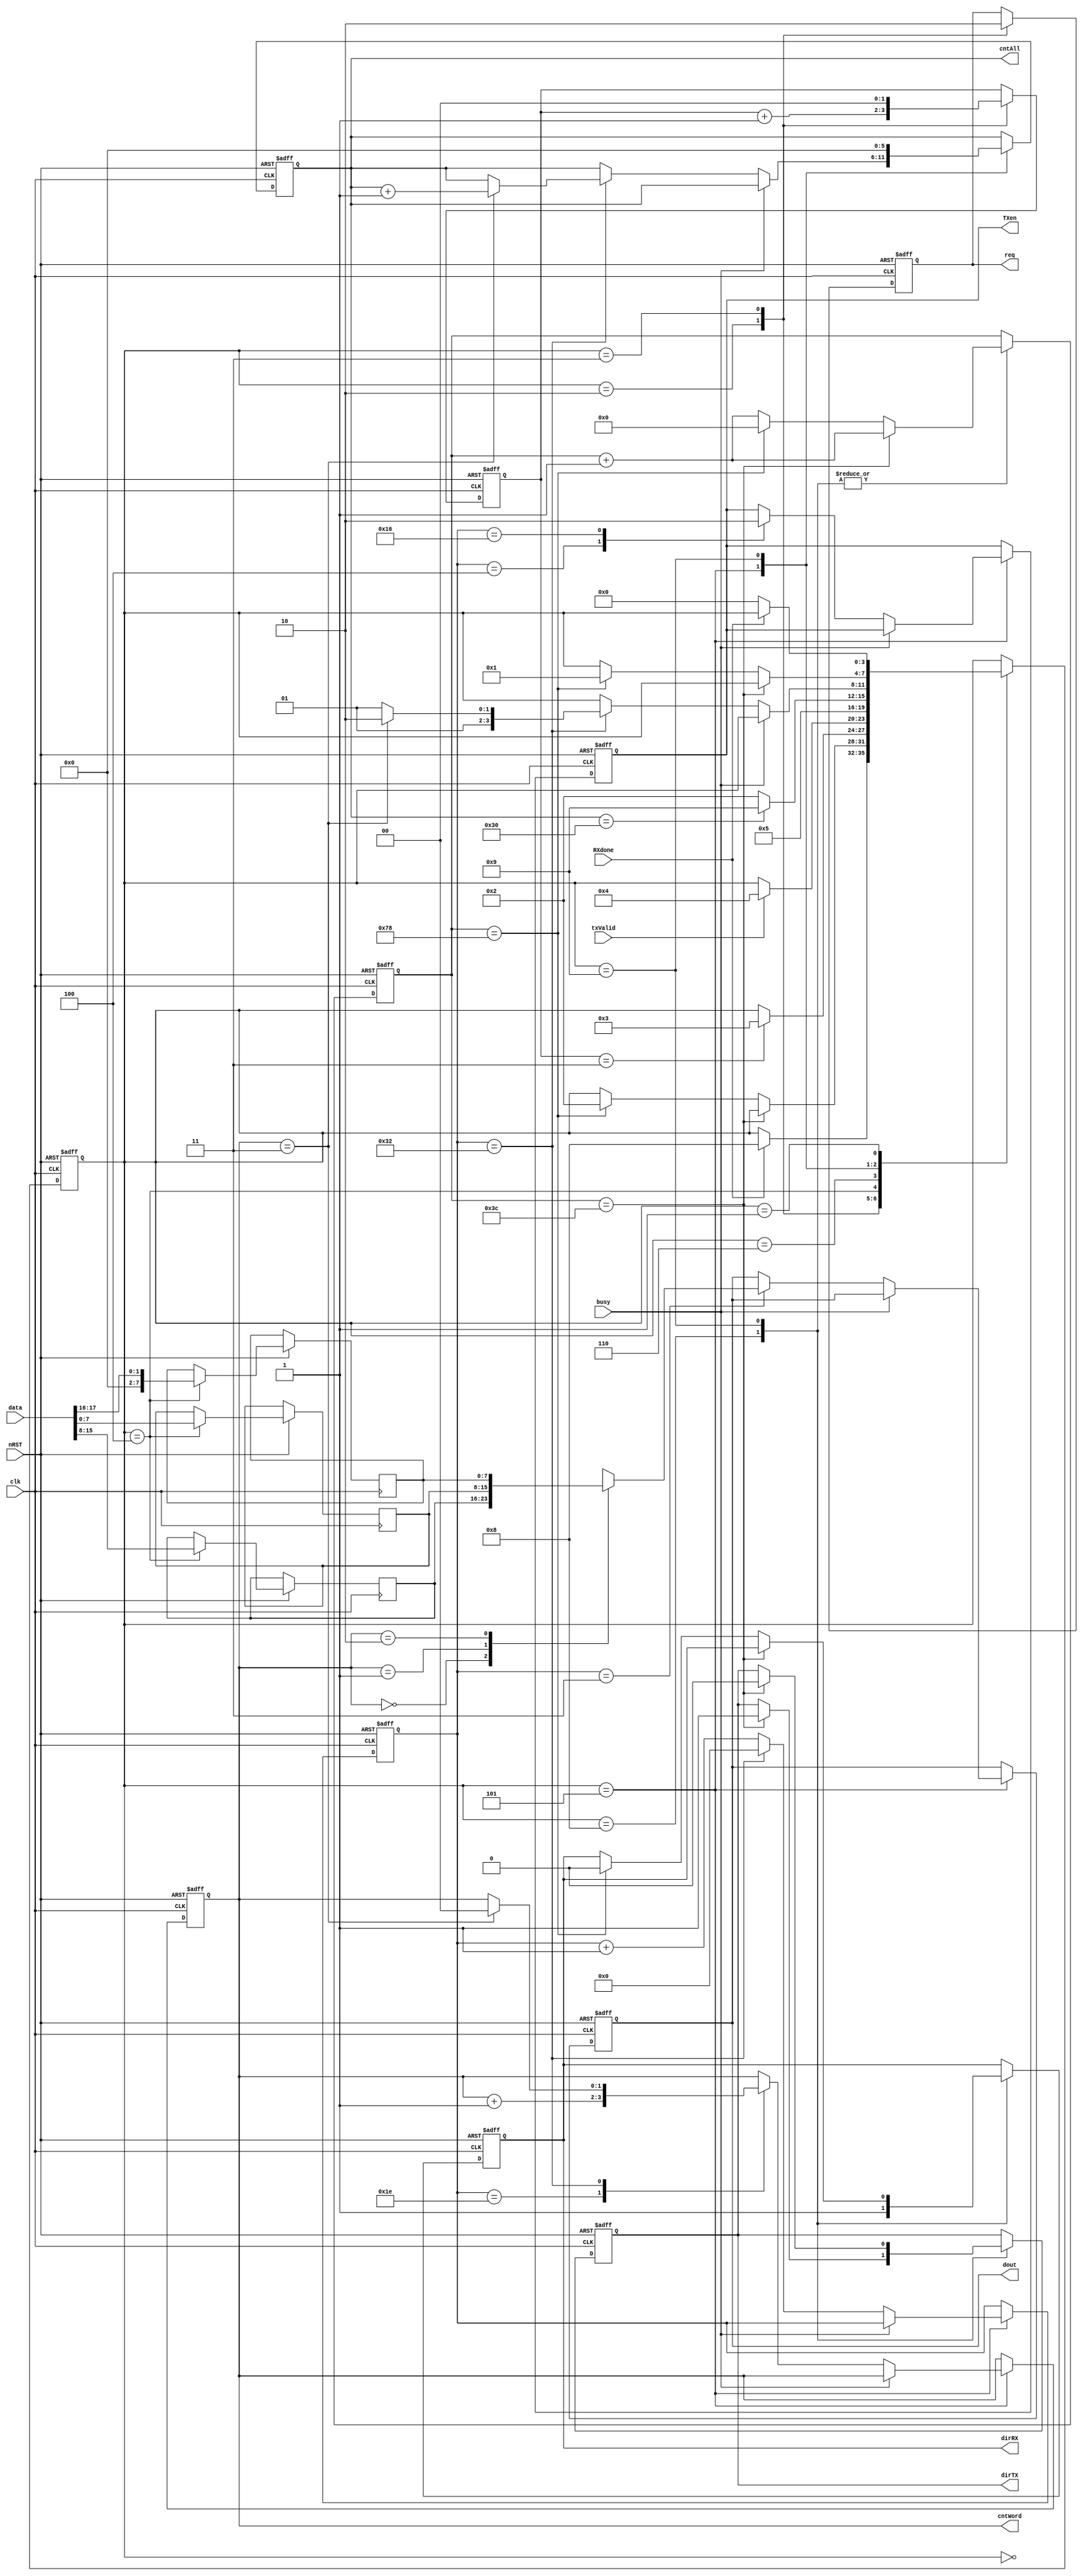
module split2(clk, txValid, nRST, data, RXdone, dout, busy, TXen, req , dirRX, dirTX,  cntWord, cntAll); 
input clk; 
input txValid; 
input nRST; 
input [17:0] data; 
input RXdone; 
input busy;
output reg [7:0] dout; 
output reg TXen; 
output reg req;  
reg [1:0] clkcnt; 
output reg [1:0] cntWord; 
reg [3:0]state; 
reg [7:0] iWord [2:0]; 
output reg [5:0] cntAll; 
reg [6:0] delayDIR;
reg [7:0] tx;
reg [17:0] data2; 
output reg dirRX;
output reg dirTX;
`define RXDONE 1
`define WAITFORRXDONE 0 
`define REQUESTFOAM 2 
`define WAITVLD 3
`define DIVIDE 4
`define TXEN 5  
`define CNTWORDS 6
`define VALID 7
`define DIRSET 8
`define DIRCLR 9

always@(posedge clk or negedge nRST) 
begin 
	if(~nRST) 
	begin 
		clkcnt <= 2'b0; 
		req <= 1'b0; 
		cntAll <= 6'b0; 
		state <= 4'd0; 
		TXen <= 1'b0;  
		cntWord <= 2'b0; 
		dout <= 8'b0; 
		delayDIR <= 7'b0;
		dirRX <= 1'b0;
		dirTX <= 1'b0;
		tx <= 8'b0;
	end 
	else 
	begin 
	case(state) 
		`WAITFORRXDONE: 
		begin 
			if(RXdone)//  RXdone 
				state <= `DIRSET; //  
		end 
		`DIRSET:				// DIR'
		begin
			dirRX <= 1'b1;
			delayDIR <= delayDIR + 1'b1;
			if(delayDIR == 7'd60)
			begin
				dirTX <= 1'b1;
			end
			else if(delayDIR == 7'd120)
			begin
				delayDIR <= 7'b0;
				state <= `REQUESTFOAM;
			end
		end
		`REQUESTFOAM: 
		begin  
			req <= 1'b1; // 
			clkcnt <= clkcnt+1'b1; 
			if(clkcnt == 2'd3) 
			begin
				state <= `WAITVLD; //  
			end	
		end 
		`WAITVLD: 
		begin
			clkcnt <= 2'b0;
			req <= 1'b0;
			if(txValid) //  
			begin 
				state <= `DIVIDE; //  
			end 
		end 
		`DIVIDE: 
		begin 
			iWord[0] <= data[15:8]; // 18- 
			iWord[1] <= data[7:0];// 3 8- 
			iWord[2] <= {6'b0, data[17:16]}; //  
			state <= `TXEN; 
		end 
		`CNTWORDS:
		begin			
			if(cntAll == 6'd48) 
				state <= `DIRCLR; 
			else 
				state <= `REQUESTFOAM;
		end
		`TXEN: 
		begin
			if(busy == 1'b0)
			begin
				tx <= tx + 1'b1;
				case(tx)
					3: dout <= iWord[cntWord]; //    
					4: TXen <= 1'b1;
					22: TXen <= 1'b0;
					30: cntWord <= cntWord + 1'b1;
					50: begin
						if(cntWord == 2'd3) 
						begin
							cntAll <= cntAll + 1'b1;
							cntWord <= 2'd0;
							state <= `CNTWORDS; 
						end
						else state <= `TXEN;
						tx <= 8'd0; 
					end
				endcase
			end
		end 
		`DIRCLR:
		begin
			cntAll <= 6'd0;
			delayDIR <= delayDIR + 1'b1;
			if(delayDIR == 7'd60)
				dirTX <= 1'b0;
			else if(delayDIR == 7'd120)
			begin
				state <= `RXDONE;
				dirRX <= 1'b0;
				delayDIR <= 7'b0;
			end
		end
		`RXDONE: 
		begin
			if(~RXdone) 
				state <= `WAITFORRXDONE; 
		end 
	endcase 
	end 
end 
endmodule
//module split2(clk, txValid, nRST, data, RXdone, dout, TXen, req , TEST); 
//input clk; 
//input txValid; 
//input nRST; 
//input [17:0] data; 
//input RXdone; 
//output [9:0] dout; 
//output reg TXen; 
//output reg req; 
//output reg TEST; 
//reg [1:0] clkcnt; 
//reg [1:0] cntWord; 
//reg [2:0]state; 
//reg [7:0] iWord [2:0]; 
//reg [7:0] pause; 
//reg [5:0] cntAll; 
//reg [7:0] delay; 
//`define WAITFORRXDONE 0 
//`define RXDONE 1
//`define REQUESTFOAM 2
//`define WAIT 3 
//`define DIVIDE 4 
//`define TXEN 5 
//`define COUNT 6 
//`define READY 7 
//
//assign dout = {1'b1, iWord[cntWord], 1'b0};
//
//always@(negedge clk) 
//begin 
//	if(nRST == 1'b0) 
//	begin 
//		clkcnt <= 2'b0; 
//		req <= 1'b0; 
//		cntAll <= 6'b0; 
//		delay <= 8'b0; 
//		state <= 4'b0; 
//		TXen <= 1'b0;  
//		cntWord <= 2'b0; 
//		pause <= 8'b0; 
//		TEST <= 1'b0; 
//	end 
//	else 
//	begin 
//	case(state) 
//		`WAITFORRXDONE: 
//		begin 
//			if(~RXdone) begin //  RXdone 
//				state <= `REQUESTFOAM; //  
//			end 
//		end 
//		`REQUESTFOAM: 
//		begin  
//			if(clkcnt < 2'd3) 
//			begin 
//				req <= 1'b1; // 
//				clkcnt <= clkcnt+1'b1; 
//			end 
//			else 
//			begin
//				clkcnt <= 2'b0;
//				req <= 1'b0;
//				state <= `READY; //  
//			end
//		end 
//		`WAIT: 
//		begin 
//			if(~txValid) //  
//			begin 
//				state <= `DIVIDE; //  
//			end 
//		end 
//		`DIVIDE: 
//		begin 
//			iWord[0] <= {data[17:16], 6'b0}; // 18- 
//			iWord[1] <= data[15:8]; // 3 8- 
//			iWord[2] <= data[7:0]; //  
//			state <= `COUNT; 
//		end 
//		`COUNT: 
//		begin 
//			if(cntWord < 2'd3)
//			begin
//				cntWord <= cntWord + 1'b1;
//				state <= `TXEN;
//			end
//			else
//			begin
//				cntWord <= 2'b0;
//				cntAll <= cntAll + 1'b1;
//				if(cntAll == 8'd48)
//				begin
//					cntAll <= 8'b0;
//					state <= `RXDONE;
//				end
//				state <= `REQUESTFOAM;
//			end
//		end 
//		`TXEN: 
//		begin
//			if(pause < 8'd160)
//			begin
//				TXen <= 1'b1; //    
//				pause <= pause + 1'b1; 
//			end
//			else if( delay < 8'd160)
//			begin
//				delay <= delay + 1'b1;
//				pause <= 8'b0;
//				TXen <= 1'b0;
//			end
//			else
//				state <= `COUNT; //  
//		end 
//		`READY: 
//		begin 
//			if(txValid) //  
//			begin 
//				state <= `WAIT; 
//			end 
//		end 
//		`RXDONE: 
//		begin 
//			cntAll <= 6'b0;
//			if(RXdone) 
//				state <= `WAITFORRXDONE; 
//		end 
//	endcase 
//	end 
//end 
//endmodule